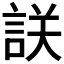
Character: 𧧤